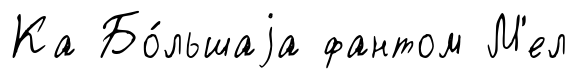
Ка Бо́льшаjа фантом М'ел